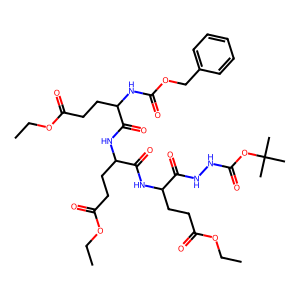
SMILES: CCOC(=O)CCC(NC(=O)OCc1ccccc1)C(=O)NC(CCC(=O)OCC)C(=O)NC(CCC(=O)OCC)C(=O)NNC(=O)OC(C)(C)C
Inhibits HIV replication: No